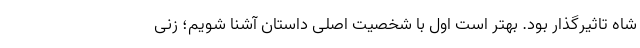
شاه تاثیرگذار بود. بهتر است اول با شخصیت اصلی داستان آشنا شویم؛‌ زنی